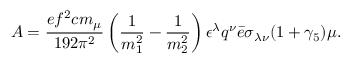
{ \cal A } = { \frac { e f ^ { 2 } c m _ { \mu } } { 1 9 2 \pi ^ { 2 } } } \left( { \frac { 1 } { m _ { 1 } ^ { 2 } } } - { \frac { 1 } { m _ { 2 } ^ { 2 } } } \right) \epsilon ^ { \lambda } q ^ { \nu } \bar { e } \sigma _ { \lambda \nu } ( 1 + \gamma _ { 5 } ) \mu .